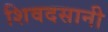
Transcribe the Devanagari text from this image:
शिवदसानी